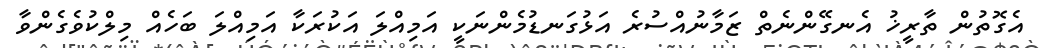
އެގޮތުން ތާރީޚު އެނގޭންނެތް ޒަމާނުއްސުރެ އަޅުގަނޑުމެންނަކީ އަމިއްލަ އަކުރަކާ އަމިއްލަ ބަހެއް މިލްކުވެގެންވާ